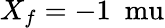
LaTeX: X_{f}=-1~\mathrm{\ mu}